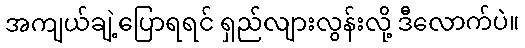
အကျယ်ချဲ့ပြောရရင် ရှည်လျားလွန်းလို့ ဒီလောက်ပဲ။